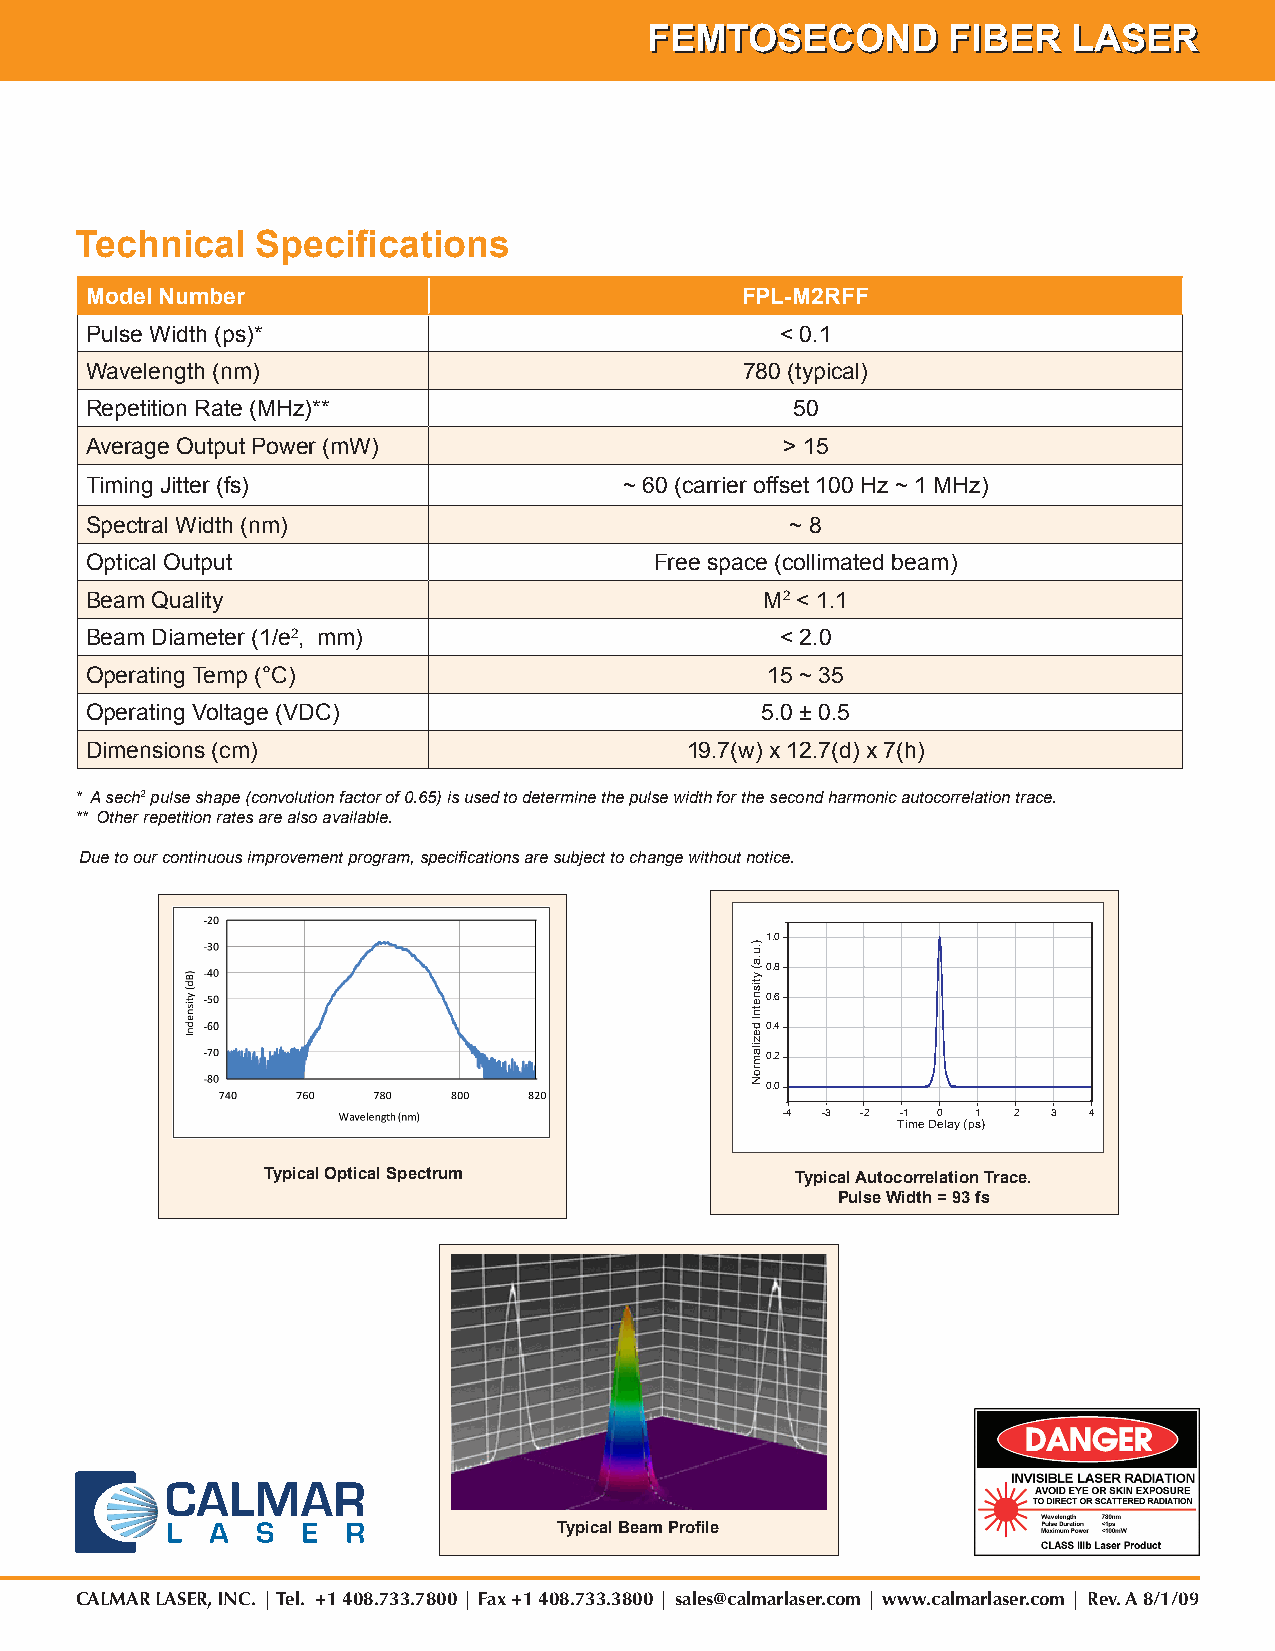
MMEENNDDOOCCIINNOO                         FFFEEEMMMTTTOOOSSSEEECCCOOONNNDDD FFFIIIBBBEEERRR LLLAAASSSEEERRR
 Technical   Specifications
 Model Number                               FPL-M2RFF
 Pulse Width (ps)*                             < 0.1
 Wavelength (nm)                            780 (typical)
 Repetition Rate (MHz)**                       50
 Average Output Power (mW)                     > 15
 Timing Jitter (fs)                 ~ 60 (carrier offset 100 Hz ~ 1 MHz)
 Spectral Width (nm)                           ~ 8
 Optical Output                       Free space (collimated beam)
 Beam Quality                                 M2 < 1.1
 Beam Diameter (1/e2, mm)                      < 2.0
 Operating Temp (°C)                          15 ~ 35
 Operating Voltage (VDC)                     5.0 ± 0.5
 Dimensions (cm)                        19.7(w) x 12.7(d) x 7(h)
 * A sech2 pulse shape (convolution factor of 0.65) is used to determine the pulse width for the second harmonic autocorrelation trace.
 ** Other repetition rates are also available.
 Due to our continuous improvement program, specifications are subject to change without notice.
 1.0
 0.8
 0.6
 0.4
 0.2
 0.0
 -4 -3 -2 -1 0 1 2 3 4
 Time Delay (ps)
 Typical Optical Spectrum            Typical Autocorrelation Trace.
 Pulse Width = 93 fs
 Typical Beam Profile
 CALMAR LASER, INC. | Tel. +1 408.733.7800 | Fax +1 408.733.3800 | sales@calmarlaser.com | www.calmarlaser.com | Rev. A 8/1/09
 ).u.a(
 ytisnetnI
 dezilamroN